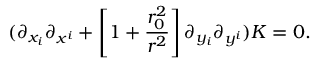
( \partial _ { x _ { i } } \partial _ { x ^ { i } } + \left[ 1 + { \frac { r _ { 0 } ^ { 2 } } { r ^ { 2 } } } \right] \partial _ { y _ { i } } \partial _ { y ^ { i } } ) K = 0 .